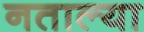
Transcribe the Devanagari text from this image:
नताल्या